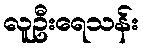
လူဦးရေသန်း